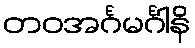
တဝအင်္ဂမင်္ဂါနိ